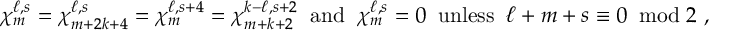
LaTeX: \chi _ { m } ^ { \ell , s } = \chi _ { m + 2 k + 4 } ^ { \ell , s } = \chi _ { m } ^ { \ell , s + 4 } = \chi _ { m + k + 2 } ^ { k - \ell , s + 2 } \; \; \mathrm { a n d } \; \; \chi _ { m } ^ { \ell , s } = 0 \; \; \mathrm { u n l e s s } \; \; \ell + m + s \equiv 0 \; \; \mathrm { m o d } \; 2 ~ ,